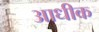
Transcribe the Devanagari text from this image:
आधीक